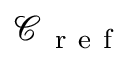
\mathcal { C } _ { \mathrm { ~ r ~ e ~ f ~ } }